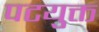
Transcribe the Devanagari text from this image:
पटयुक्त